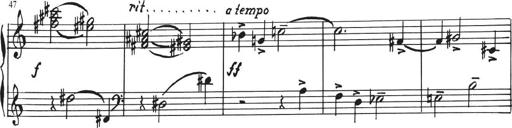
Title: Sonatina in E major
Composer: Paul von Klenau
Key: E major